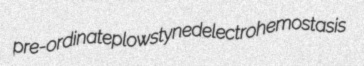
pre-ordinate plows tyned electrohemostasis